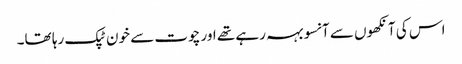
اس کی آنکھوں سے آنسو بہہ رہے تھے اور چوت سے خون ٹپک رہا تھا۔